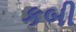
કબી